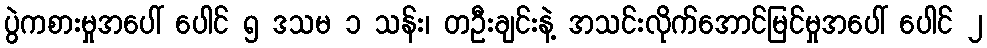
ပွဲကစားမှုအပေါ် ပေါင် ၅ ဒသမ ၁ သန်း၊ တဦးချင်းနဲ့ အသင်းလိုက်အောင်မြင်မှုအပေါ် ပေါင် ၂